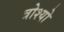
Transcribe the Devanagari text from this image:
त्रोश्यो